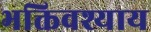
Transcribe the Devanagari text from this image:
भक्तिवश्याय